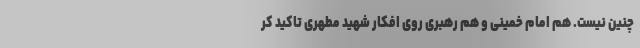
چنین نیست. هم امام خمینی و هم رهبری روی افکار شهید مطهری تاکید کر